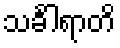
သင်္ခါရာတိ